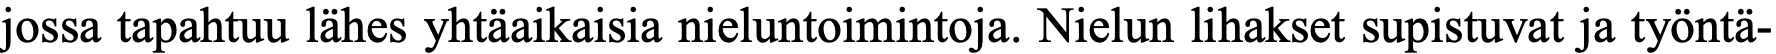
jossa tapahtuu lähes yhtäaikaisia nieluntoimintoja. Nielun lihakset supistuvat ja työntä-